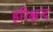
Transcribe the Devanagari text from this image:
हरिश्चन्द